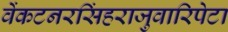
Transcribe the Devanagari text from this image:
वेंकटनरसिंहराजुवारिपेटा